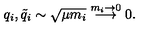
q _ { i } , { \tilde { q } } _ { i } \sim \sqrt { \mu m _ { i } } \stackrel { m _ { i } \to 0 } { \longrightarrow } 0 .